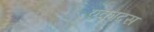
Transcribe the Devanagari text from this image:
एकादस